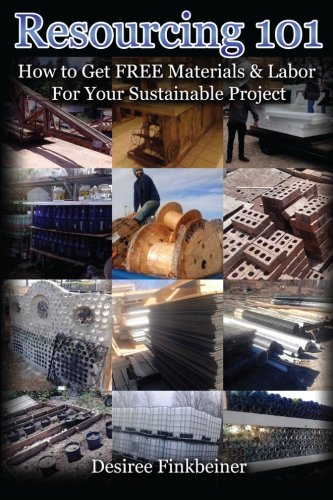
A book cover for Resourcing 101: How to Get FREE Materials and Labor For Your Sustainable Project; Desiree Finkbeiner; Self-Help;